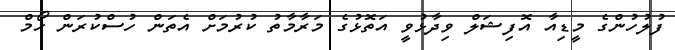
ފުލުހުންގެ މީޑިއާ އޮފިޝަލް ވިދާޅުވީ އަތޮޅުގެ މަރާމާތު ކުރުމަށް އެތަން ހުސްކުރަން ހޯމް